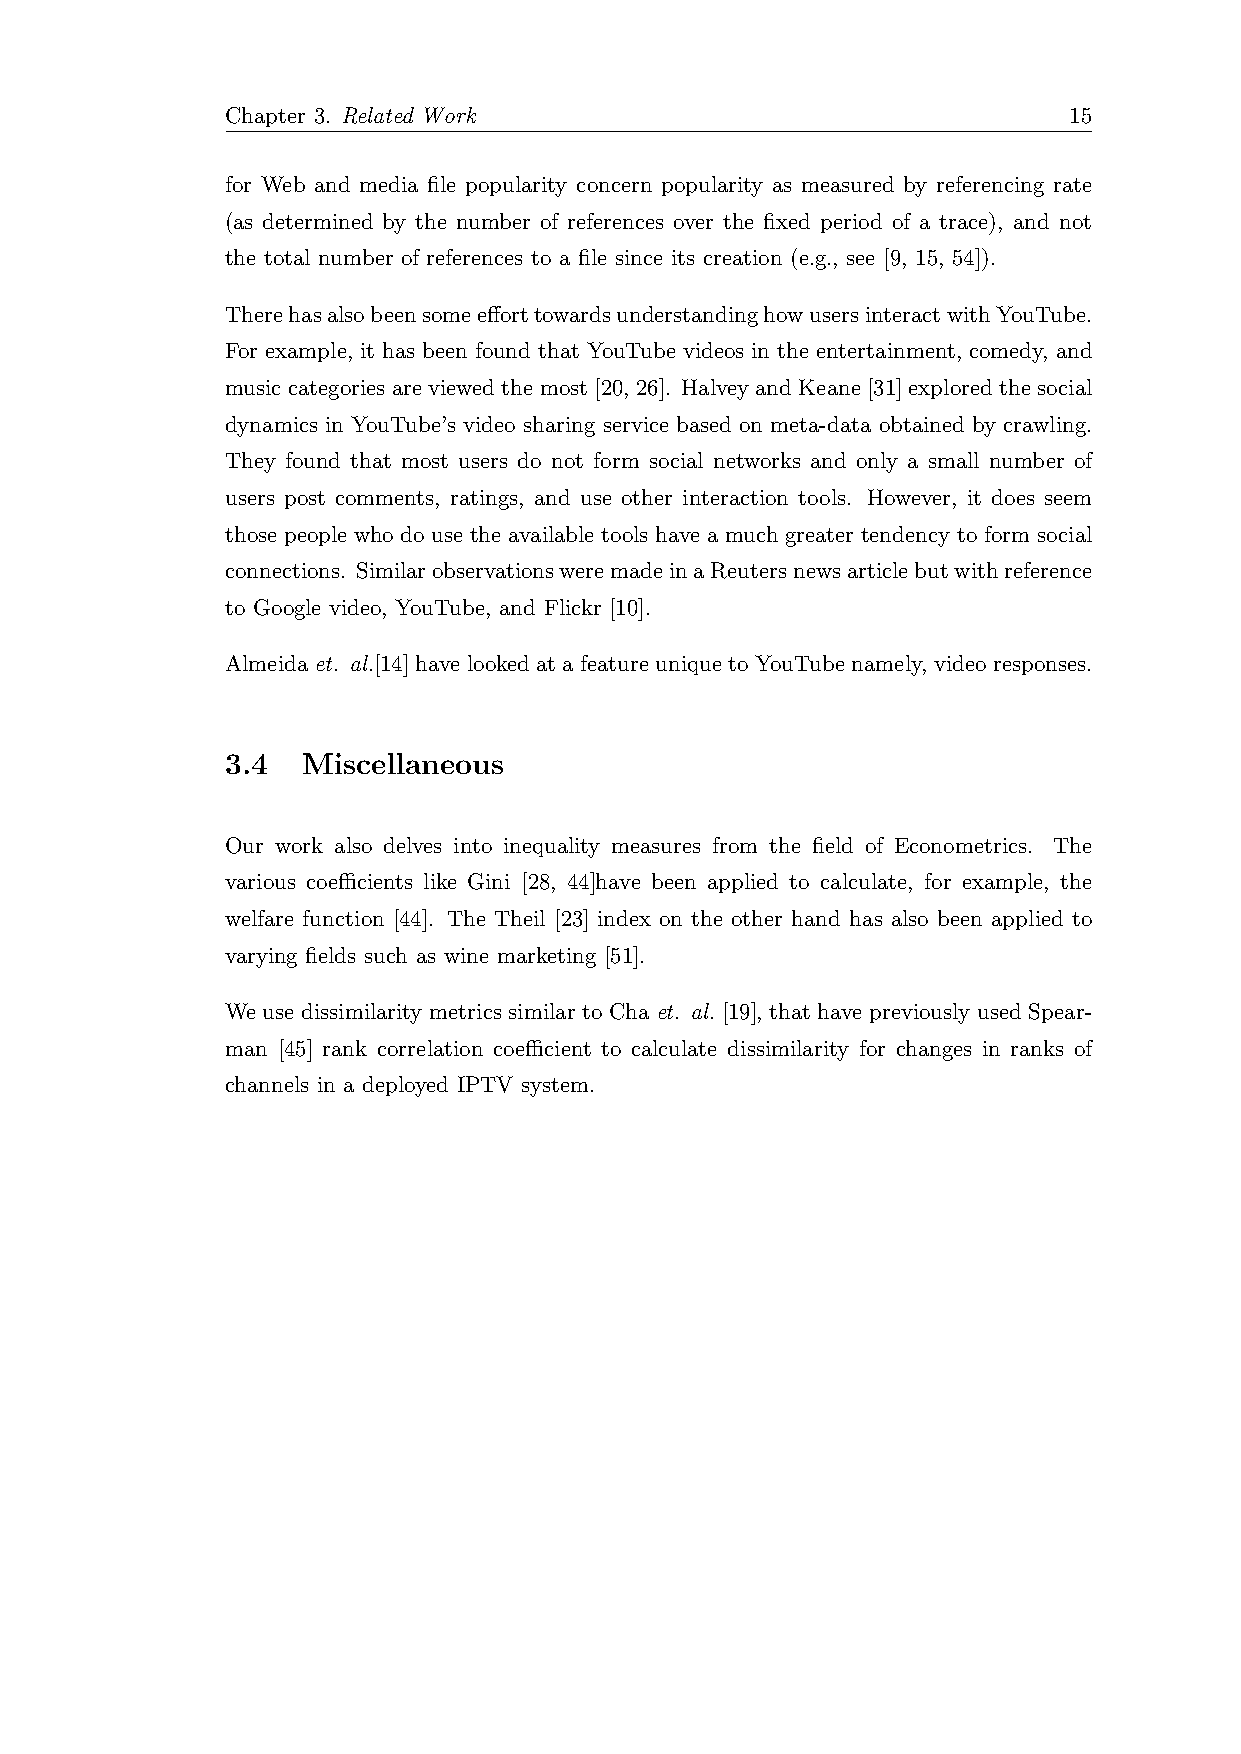
Chapter 3. Related Work                                 15
 for Web and media file popularity concern popularity as measured by referencing rate
 (as determined by the number of references over the fixed period of a trace), and not
 the total number of references to a file since its creation (e.g., see [9, 15, 54]).
 TherehasalsobeensomeefforttowardsunderstandinghowusersinteractwithYouTube.
 For example, it has been found that YouTube videos in the entertainment, comedy, and
 music categories are viewed the most [20, 26]. Halvey and Keane [31] explored the social
 dynamics in YouTube’s video sharing service based on meta-data obtained by crawling.
 They found that most users do not form social networks and only a small number of
 users post comments, ratings, and use other interaction tools. However, it does seem
 those people who do use the available tools have a much greater tendency to form social
 connections. SimilarobservationsweremadeinaReutersnewsarticlebutwithreference
 to Google video, YouTube, and Flickr [10].
 Almeida et. al.[14] have looked at a feature unique to YouTube namely, video responses.
 3.4  Miscellaneous
 Our work also delves into inequality measures from the field of Econometrics. The
 various coefficients like Gini [28, 44]have been applied to calculate, for example, the
 welfare function [44]. The Theil [23] index on the other hand has also been applied to
 varying fields such as wine marketing [51].
 We use dissimilarity metrics similar to Cha et. al. [19], that have previously used Spear-
 man [45] rank correlation coefficient to calculate dissimilarity for changes in ranks of
 channels in a deployed IPTV system.